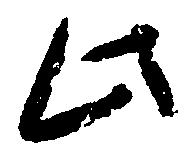
此